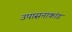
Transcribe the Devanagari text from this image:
उपासनाकांड